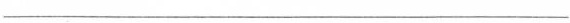
______________________